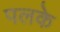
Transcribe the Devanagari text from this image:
पलके